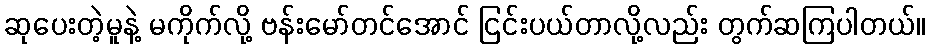
ဆုပေးတဲ့မူနဲ့ မကိုက်လို့ ဗန်းမော်တင်အောင် ငြင်းပယ်တာလို့လည်း တွက်ဆကြပါတယ်။